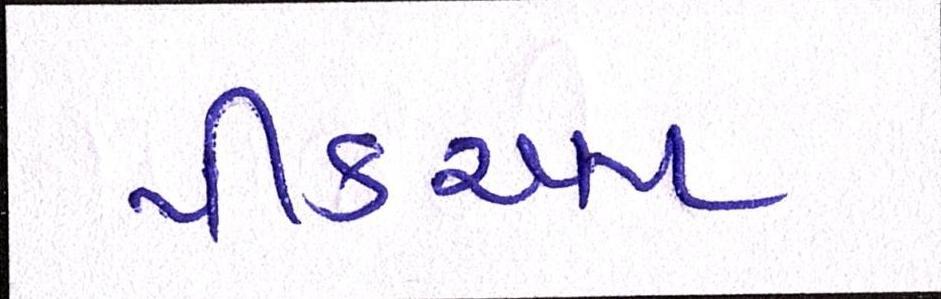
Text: પીકઅપ